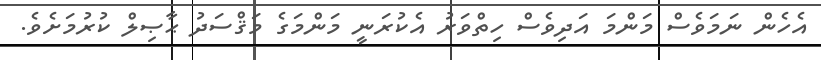
އެހެން ނަމަވެސް މަންމަ އަދިވެސް ހިތްވަރު އެކުރަނީ މަންމަގެ މަޤްސަދު ޙާޞިލް ކުރުމަށެވެ.